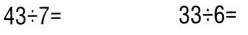
$$4 3 \div 7 =$$ $$3 3 \div 6 =$$